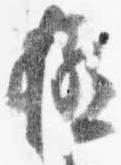
極